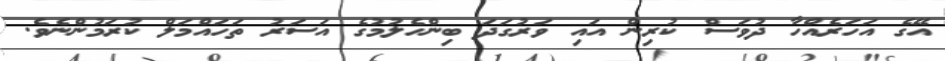
އޭގެ އަހަރެއްހާ ދުވަސް ކުރިން އައި ވަރުގަދަ ބިންހެލުމުގެ އަސަރު ތަހައްމަލް ކުރަމުންނެވެ.